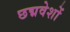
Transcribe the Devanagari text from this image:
छद्मवेशों